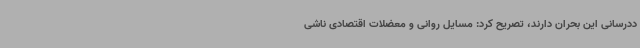
ددرسانی این بحران دارند، تصریح کرد: مسایل روانی و معضلات اقتصادی ناشی